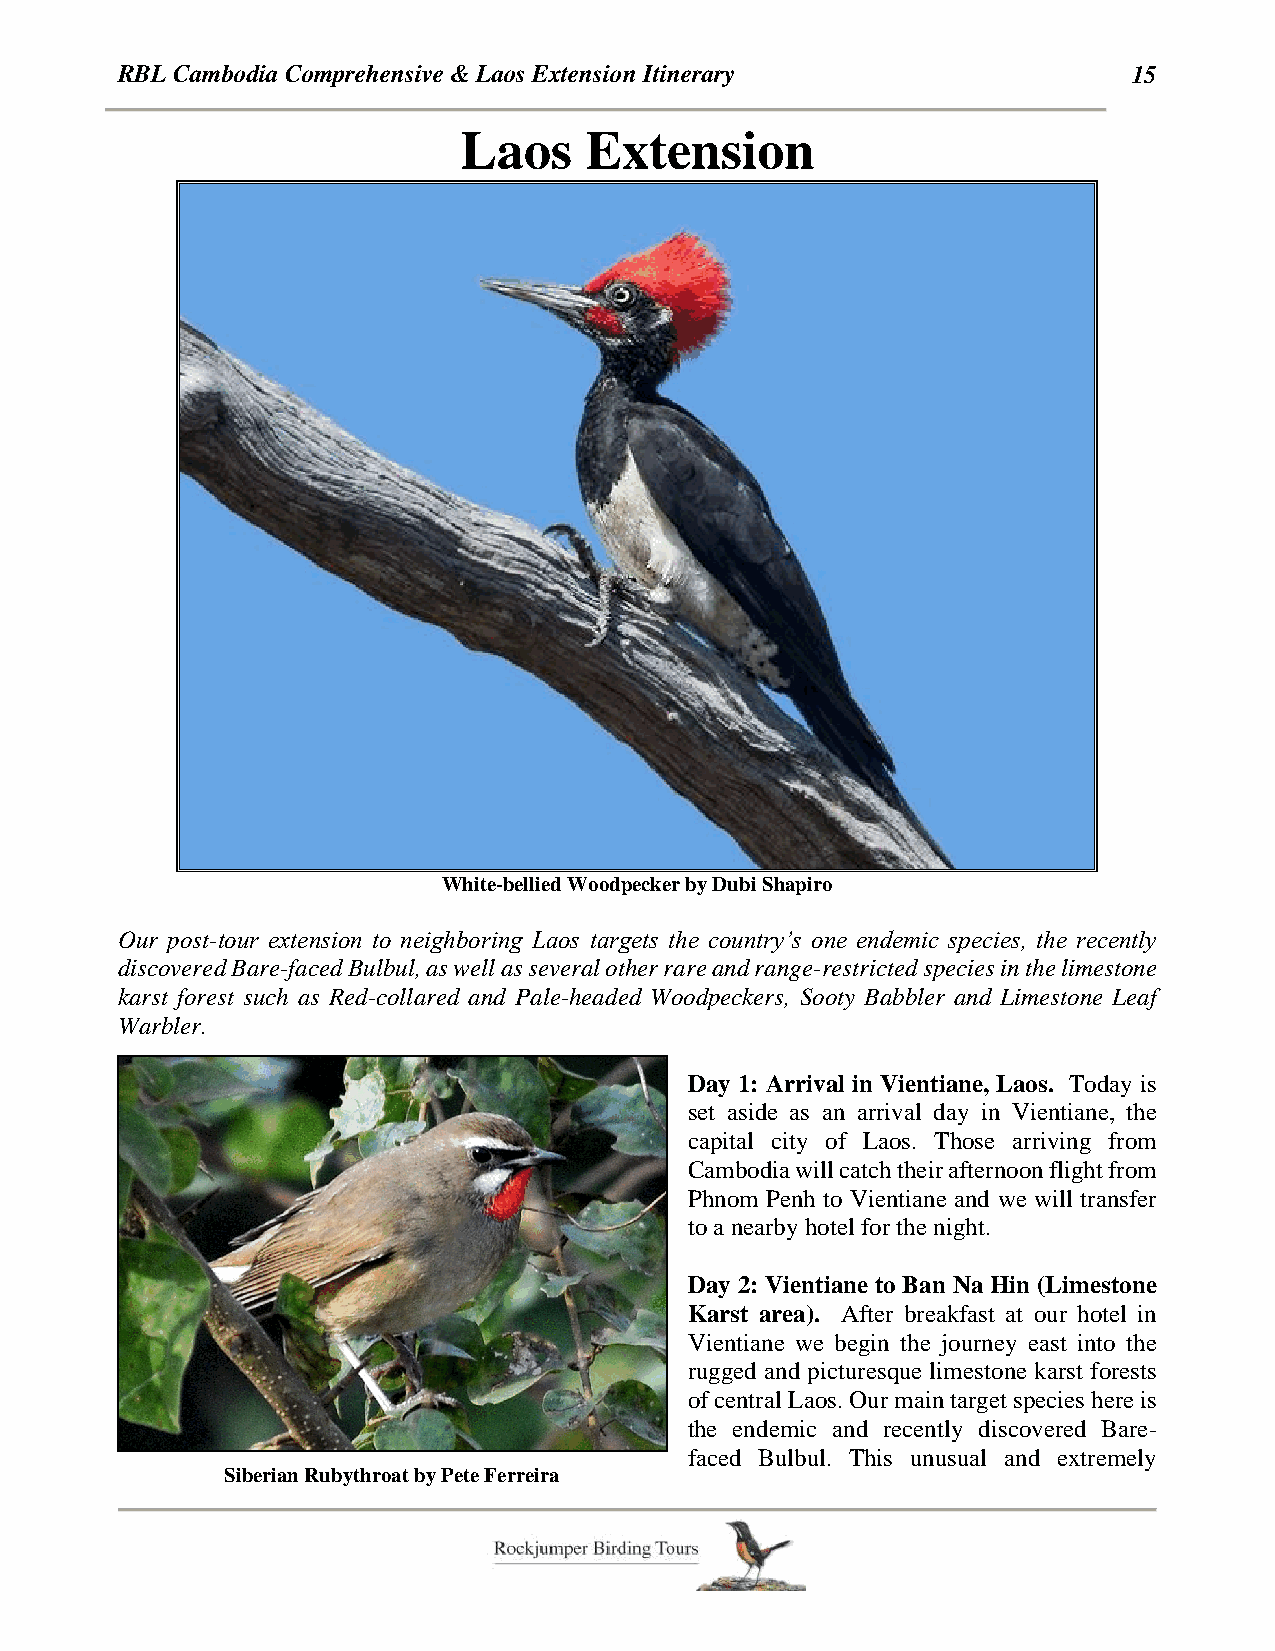
RBL Cambodia Comprehensive & Laos Extension Itinerary              15
 Laos     Extension
 White-bellied Woodpecker by Dubi Shapiro
 Our post-tour extension to neighboring Laos targets the country’s one endemic species, the recently
 discovered Bare-faced Bulbul, as well as several other rare and range-restricted species in the limestone
 karst forest such as Red-collared and Pale-headed Woodpeckers, Sooty Babbler and Limestone Leaf
 Warbler.
 Day 1: Arrival in Vientiane, Laos. Today is
 set aside as an arrival day in Vientiane, the
 capital city of Laos. Those arriving from
 Cambodia will catch their afternoon flight from
 Phnom Penh to Vientiane and we will transfer
 to a nearby hotel for the night.
 Day 2: Vientiane to Ban Na Hin (Limestone
 Karst area). After breakfast at our hotel in
 Vientiane we begin the journey east into the
 rugged and picturesque limestone karst forests
 of central Laos. Our main target species here is
 the endemic and recently discovered Bare-
 faced Bulbul. This unusual and extremely
 Siberian Rubythroat by Pete Ferreira